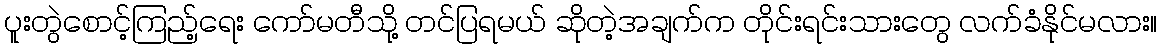
ပူးတွဲစောင့်ကြည့်ရေး ကော်မတီသို့ တင်ပြရမယ် ဆိုတဲ့အချက်က တိုင်းရင်းသားတွေ လက်ခံနိုင်မလား။